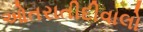
ઓતરાતીદીવાલો